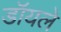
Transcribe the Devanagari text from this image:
डॉयले